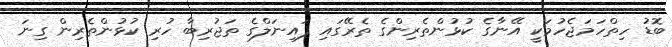
ބޮޑު ހިތްހަމަޖެހުމަކީ އޭނާގެ ކުޅުންތެރިންގެ ތެރޭގައި ފައިނަލްގެ ތަޖުރިބާ ހުރި ކުޅުންތެރިން ގިނަ